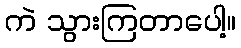
ကဲ သွားကြတာပေါ့။